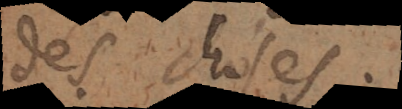
des choses.